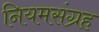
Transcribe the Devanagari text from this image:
नियमसंग्रह